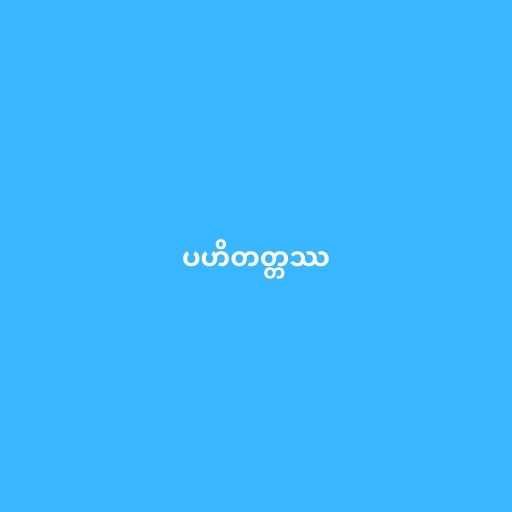
ပဟိတတ္တဿ